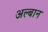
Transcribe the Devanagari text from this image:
अल्बान